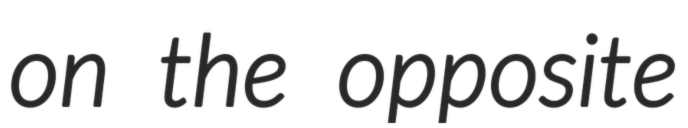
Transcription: on the opposite